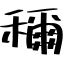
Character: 穪